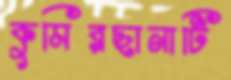
কুমিরছানাটি